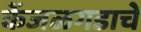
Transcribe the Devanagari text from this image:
केंजळगडाचे